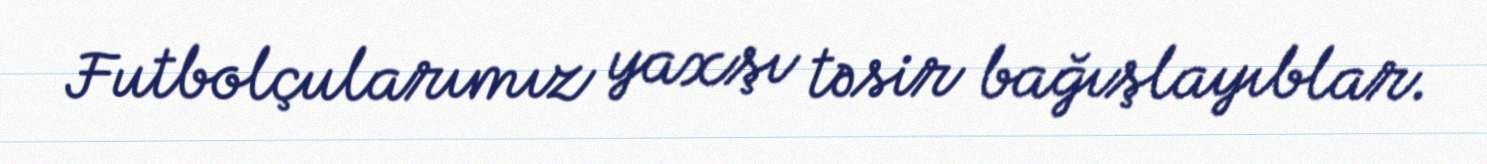
Futbolçularımız yaxşı təsir bağışlayıblar.